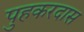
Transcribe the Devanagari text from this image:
पुहकरदास